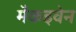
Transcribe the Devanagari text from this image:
मैकइवेन